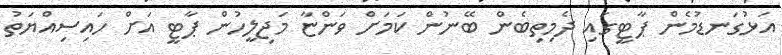
އަޅުގަނޑުމެން ޕާޓީގައި ދެމިތިބެން ބޭނުން ކަމަށް ވަންޏާ މަޖިލީހުން ޕާޓީ އަށް ހައިސިއްޔަތު